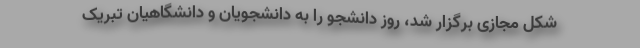
شکل مجازی برگزار شد، روز دانشجو را به دانشجویان و دانشگاهیان تبریک